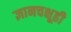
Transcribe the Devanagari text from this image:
ज्ञानचक्षूही